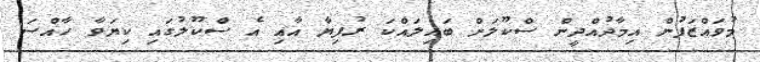
މުވައްޒަފުން އިމާދުއްދީން ސްކޫލަށް ބައިލައްކަ ރުފިޔާ އާއި އެ ސްކޫލުގައި ކިޔަވާ ހާއްސަ